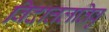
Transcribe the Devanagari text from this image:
विदात्तलतिवु